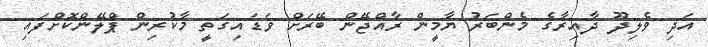
އަދި ވެލިދޫ ދާއިރާގެ މެންބަރު ޔާމީން ރާއްޖޭން ބޭރަށް ވަޑައިގަތީ މާކުރިން ޕްލޭންކޮށްފައި